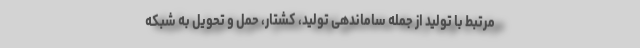
مرتبط با تولید از جمله ساماندهی تولید، کشتار، حمل و تحویل به شبکه